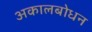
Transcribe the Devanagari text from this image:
अकालबोधन